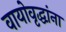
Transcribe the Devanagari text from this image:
वायोवृद्धांना